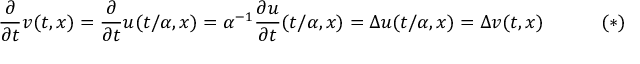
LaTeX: { \frac { \partial } { \partial t } } v ( t , x ) = { \frac { \partial } { \partial t } } u ( t / \alpha , x ) = \alpha ^ { - 1 } { \frac { \partial u } { \partial t } } ( t / \alpha , x ) = \Delta u ( t / \alpha , x ) = \Delta v ( t , x ) \ \ \ \ \ \ \ \ \ ( * )